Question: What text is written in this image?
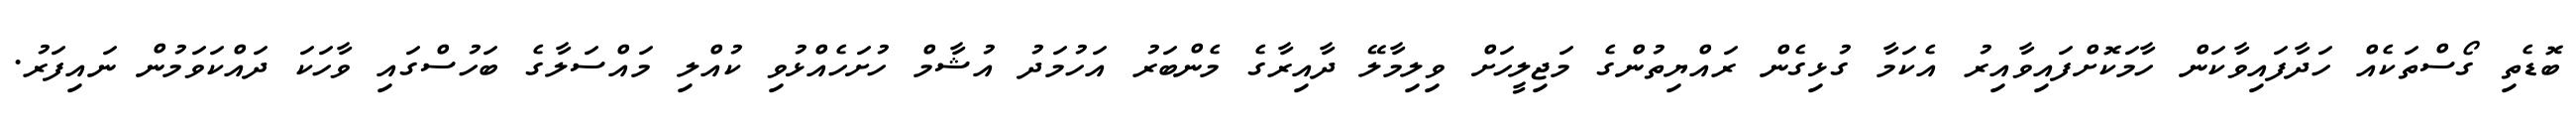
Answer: ބޮޑެތި ގޯސްތަކެއް ހަދާފައިވާކަން ހާމަކޮށްފައިވާއިރު އެކަމާ ގުޅިގެން ރައްޔިތުންގެ މަޖިލީހަށް ވިލިމާލޭ ދާއިރާގެ މެންބަރު އަހުމަދު އުޝާމް ހުށަހެއްޅުވި ކުއްލި މައްސަލާގެ ބަހުސްގައި ވާހަކަ ދައްކަވަމުން ނައިފަރު.